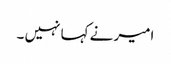
امیر نے کہا نہیں ۔